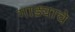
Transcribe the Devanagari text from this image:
गाड्याचे